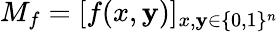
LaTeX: M_{f}=[f(x,\mathbf{y})]_{x,\mathbf{y}\in\{ 0,1\} ^{n}}